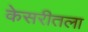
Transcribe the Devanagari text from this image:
केसरीतला